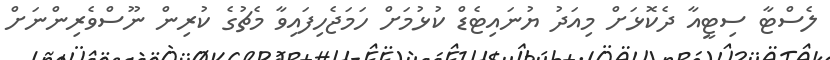
ލެސްޓާ ސިޓީއާ ދެކޮޅަށް މިއަދު ޔުނައިޓެޑް ކުޅުމަށް ހަމަޖެހިފައިވާ މެޗުގެ ކުރިން ނޫސްވެރިންނަށް